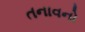
તનાવનો